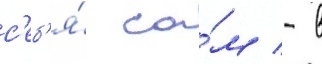
с'еб'я́ са́м - в